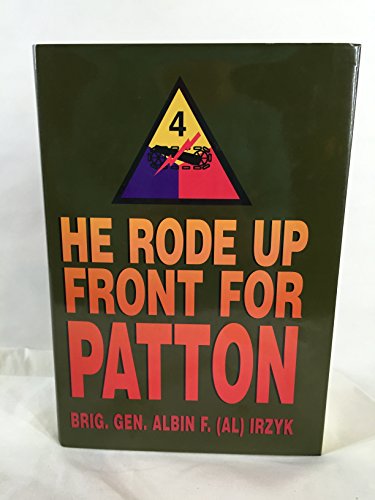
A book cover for He Rode Up Front for Patton; Albin F. Irzyk; History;